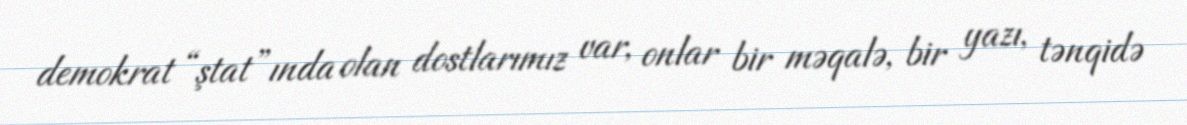
demokrat “ştat”ında olan dostlarımız var, onlar bir məqalə, bir yazı, tənqidə